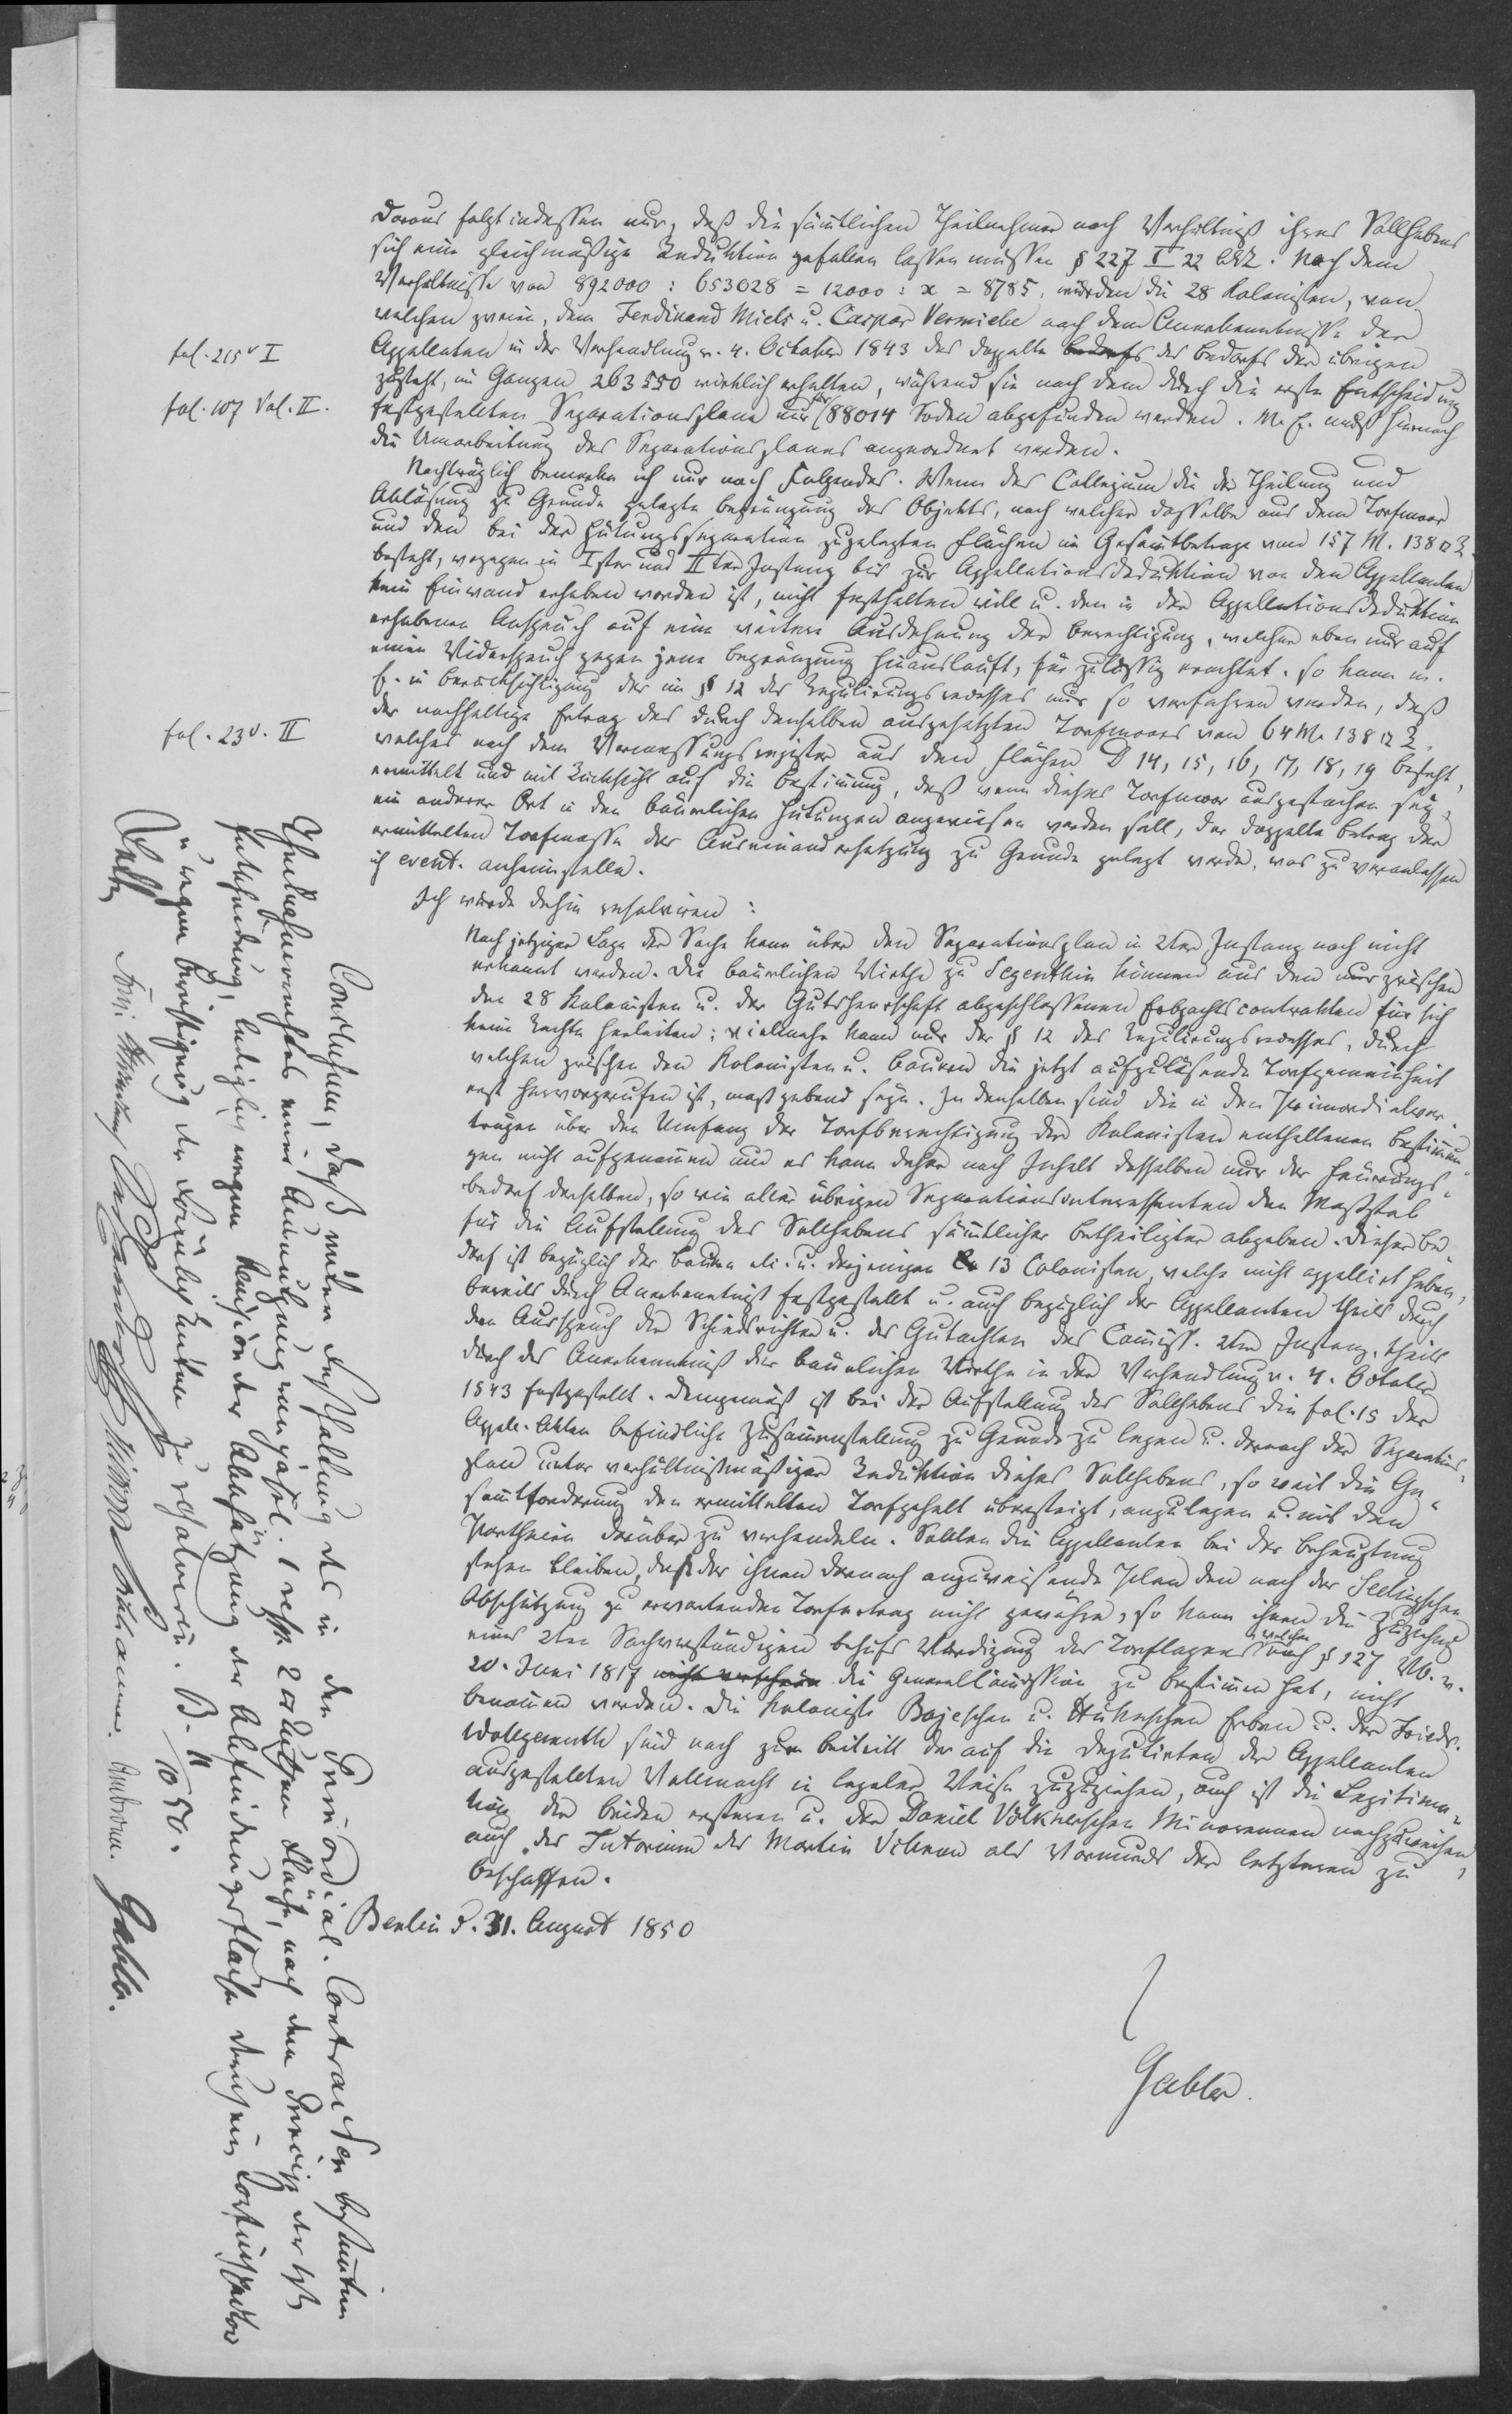
Daraus folgt indessen nur, daß die sämmtlichen Theilnehmer nach Verhältniß ihres Sollhabens
sich eine gleichmäßige Reduktion gefallen lassen müssen § 227 I 22 Alk. Nach dem
Verhältnisse von 892000 : 653028 = 12000 : x = 8785 würden die 28 Kolonisten, von
welchen zwei, dem Ferdinand Miels u. Caspar Vermiebe nach dem Anerkenntnisse der
Appellaten in der Verhandlung v. 4. October 1843 das doppelte Bedarfs des Bedarfs der übrigen
zusteht, im Ganzen 263550 wirklich erhalten, während sie nach dem durch die erste Entscheidung
festgestellten Separationsplan nur für 88014 Soden abgefunden werden. M. E. muß hiernach
die Umarbeitung des Separationsplanes angeordnet werden.
Nachträglich bemerke ich nur noch Folgendes. Wenn das Collegium die der Theilung und
Ablösung zu Grunde gelegte Begränzung des Objekts, nach welcher dasselbe aus dem Torfmoor
und den bei der Hütungsseparation zugelegten Flächen im Gesammtbetrage von 157 M. 138 ⁠ R.
besteht, wogegen in Ister und IIter Instanz bis zur Appellationsdeduktion von den Appellanten
kein Einwand erhoben worden ist, nicht festhalten will u. den in der Appellationsdeduktion
erhobenen Anspruch auf eine weitere Ausdehnung der Berechtigung, welcher eben nur auf
einen Widerspruch gegen jene Begränzung hinausläuft, für zulässig erachtet, so kann m.
E. in Berücksichtigung der im § 12 des Regulirungsrecesses nur so verfahren werden, daß
der nachhaltige Ertrag des durch denselben ausgesetzten Torfmoors von 64 M. 138 ⁠ R.
welches nach dem Vermessungsregister aus den Flächen D 14, 15, 16, 17, 18, 19 besteht,
ermittelt und mit Rücksicht auf die Bestimmung, daß wenn dieses Torfmoor ausgestochen sey,
ein anderer Ort in den bäuerlichen Hütungen angewiesen werden soll, der doppelte Betrag der
ermittelten Torfmasse der Auseinandersetzung zu Grunde gelegt werde, was zu veranlassen
ich event. anheimstelle.

Ich würde dahin resolviren:
Nach jetziger Lage der Sache kann über den Separationsplan in 2ter Instanz noch nicht
erkannt werden. Die bäuerlichen Wirthe zu Segenthin können aus den nur zwischen
den 28 Kolonisten u. der Gutsherrschaft abgeschlossenen Erbpachtscontrakten für sich
keine Rechte herleiten; vielmehr kann nur der § 12 des Regulirungsrecesses, durch
welchen zwischen den Kolonisten u. Bauern die jetzt aufzulösende Torfgemeinheit
erst hervorgerufen ist, maß gebend seyn. In denselben sind die in den Primordialver¬
trägen über den Umfang der Torfberechtigung der Kolonisten enthaltenen Bestimmun¬
gen nicht aufgenommen und es kann daher nach Inhalt desselben nur der Feuerungs¬
bedarf derselben, so wie aller übrigen Separationsinteressenten den Maßstab
für die Aufstellung des Sollhabens sämmtlicher Betheiligter abgeben. Dieser Be¬
darf ist bezüglich der Bauern etc. u. derjenigen Co 13 Colonisten, welche nicht appellirt haben,
bereits durch Anerkenntniß festgestellt u. auch bezüglich der Appellanten theils durch
den Ausspruch der Schiedsrichter u. das Gutachten des Commiss. 2ter Instanz, theils
durch das Anerkenntniß der bäuerlichen Wirthe in der Verhandlung v. 4. October
1843 festgestellt. Demgemäß ist bei der Aufstellung des Sollhabens die fol. 15 der
Appell. Akten befindliche Zusammenstellung zu Grunde zu legen u. darnach der Separations¬
plan unter verhältnißmäßiger Reduktion dieses Sollhabens, so weit die Ge¬
sammtforderung den ermittelten Torfgehalt übersteigt, anzulegen u. mit den
Partheien darüber zu verhandeln. Sollten die Appellanten bei der Behauptung
stehen bleiben, daß der ihnen darnach anzuweisende Plan den nach der Seelingschen
Abschätzung zu erwartenden Torfertrag nicht gewähre, so kann ihnen die Zuziehung
eines 2ten Sachverständigen behufs Würdigung des Torflagers, welchen nach § 127 VO. v.
20. Juni 1817 nicht verfahren die GeneralCommission zu bestimmen hat, nicht
benommen werden. Die Kolonisten Bojeschen u. Kühnschen Erben u. der Friedr.
Wollgemuth sind noch zum Beitritt der auf die Deputirten der Appellanten
ausgestellten Vollmacht in legaler Weise zuzuziehen, auch ist die Legitima¬
tion der beiden ersteren u. der Daniel Völknerschen Minorennen nachzuweisen,
auch das Tutorium des Martin Villnow als Vormunds der letzteren zu
beschaffen.

Berlin d. 31. August 1850

Gabler

fol. 215v I
fol. 107 Vol. II.

fol. 23v. II

Theilnahmerechtes einer Ausnutzung von jährl. 1 resp. 2 ⁠ Ruthen Fläche, nach dem Princip der xxx
xxx Forni xxx Ambronn. Gabler.
Entscheidung, lediglich wegen Revision der Abschätzung der Abfindungsfläche durch ein xxx
u. xxx Berichtigung der Formaliy Rechten zu resalviren. B. II/1050.
Conclusum, daß unter Festhaltung des in den Primordial-Contracten bestimmten